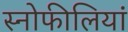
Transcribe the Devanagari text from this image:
स्नोफीलियां